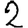
Digit: 2